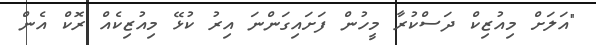
"އަލަށް މިއުޒިކް ދަސްކުރާ މީހުން ފަށައިގަންނަ އިރު ކުޅޭ މިއުޒިކެއް ރޮކް އެން